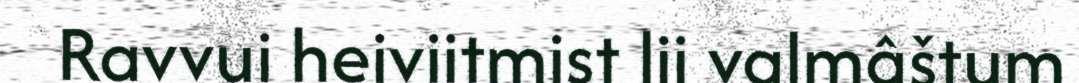
Ravvui heiviitmist lii valmâštum